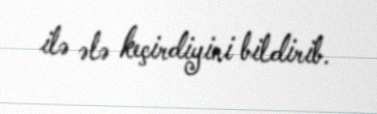
ilə ələ keçirdiyini bildirib.